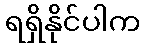
ရရှိနိုင်ပါက